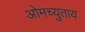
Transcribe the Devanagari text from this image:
ओमच्युताय